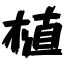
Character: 植